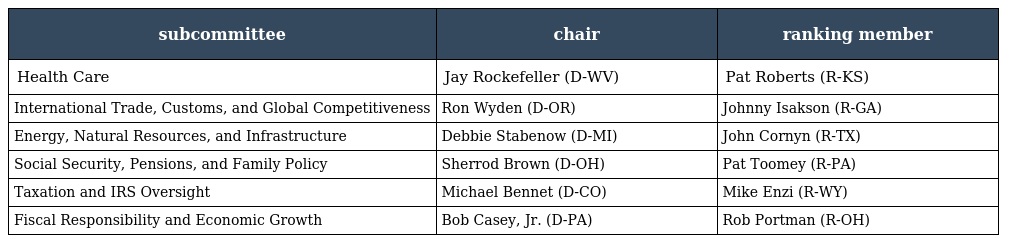
| subcommittee | chair | ranking member |
 | --- | --- | --- |
 | Health Care | Jay Rockefeller (D-WV) | Pat Roberts (R-KS) |
 | International Trade, Customs, and Global Competitiveness | Ron Wyden (D-OR) | Johnny Isakson (R-GA) |
 | Energy, Natural Resources, and Infrastructure | Debbie Stabenow (D-MI) | John Cornyn (R-TX) |
 | Social Security, Pensions, and Family Policy | Sherrod Brown (D-OH) | Pat Toomey (R-PA) |
 | Taxation and IRS Oversight | Michael Bennet (D-CO) | Mike Enzi (R-WY) |
 | Fiscal Responsibility and Economic Growth | Bob Casey, Jr. (D-PA) | Rob Portman (R-OH) |